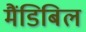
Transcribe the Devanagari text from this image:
मैंडिबिल